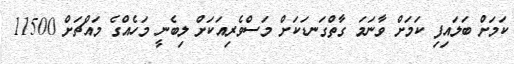
ކަމަށް ބަލައިފި ކަމަށް ވާނަމަ ގާތްގަނޑަކަށް މަސްވެރިއަކަށް ލިބެނީ މަހެއްގެ މައްޗަށް 11500